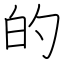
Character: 的